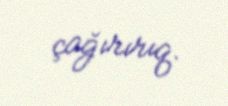
çağırırıq.